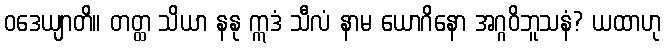
ဝဒေယျာတိ။ တတ္ထ သိယာ နနု ဣဒံ သီလံ နာမ ယောဂိနော အဂ္ဂဝိဘူသနံ? ယထာဟု